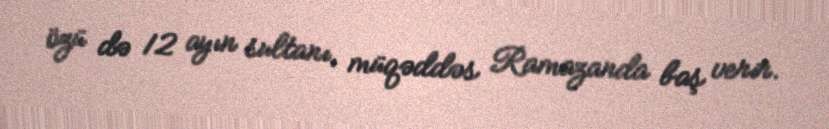
özü də 12 ayın sultanı, müqəddəs Ramazanda baş verir.